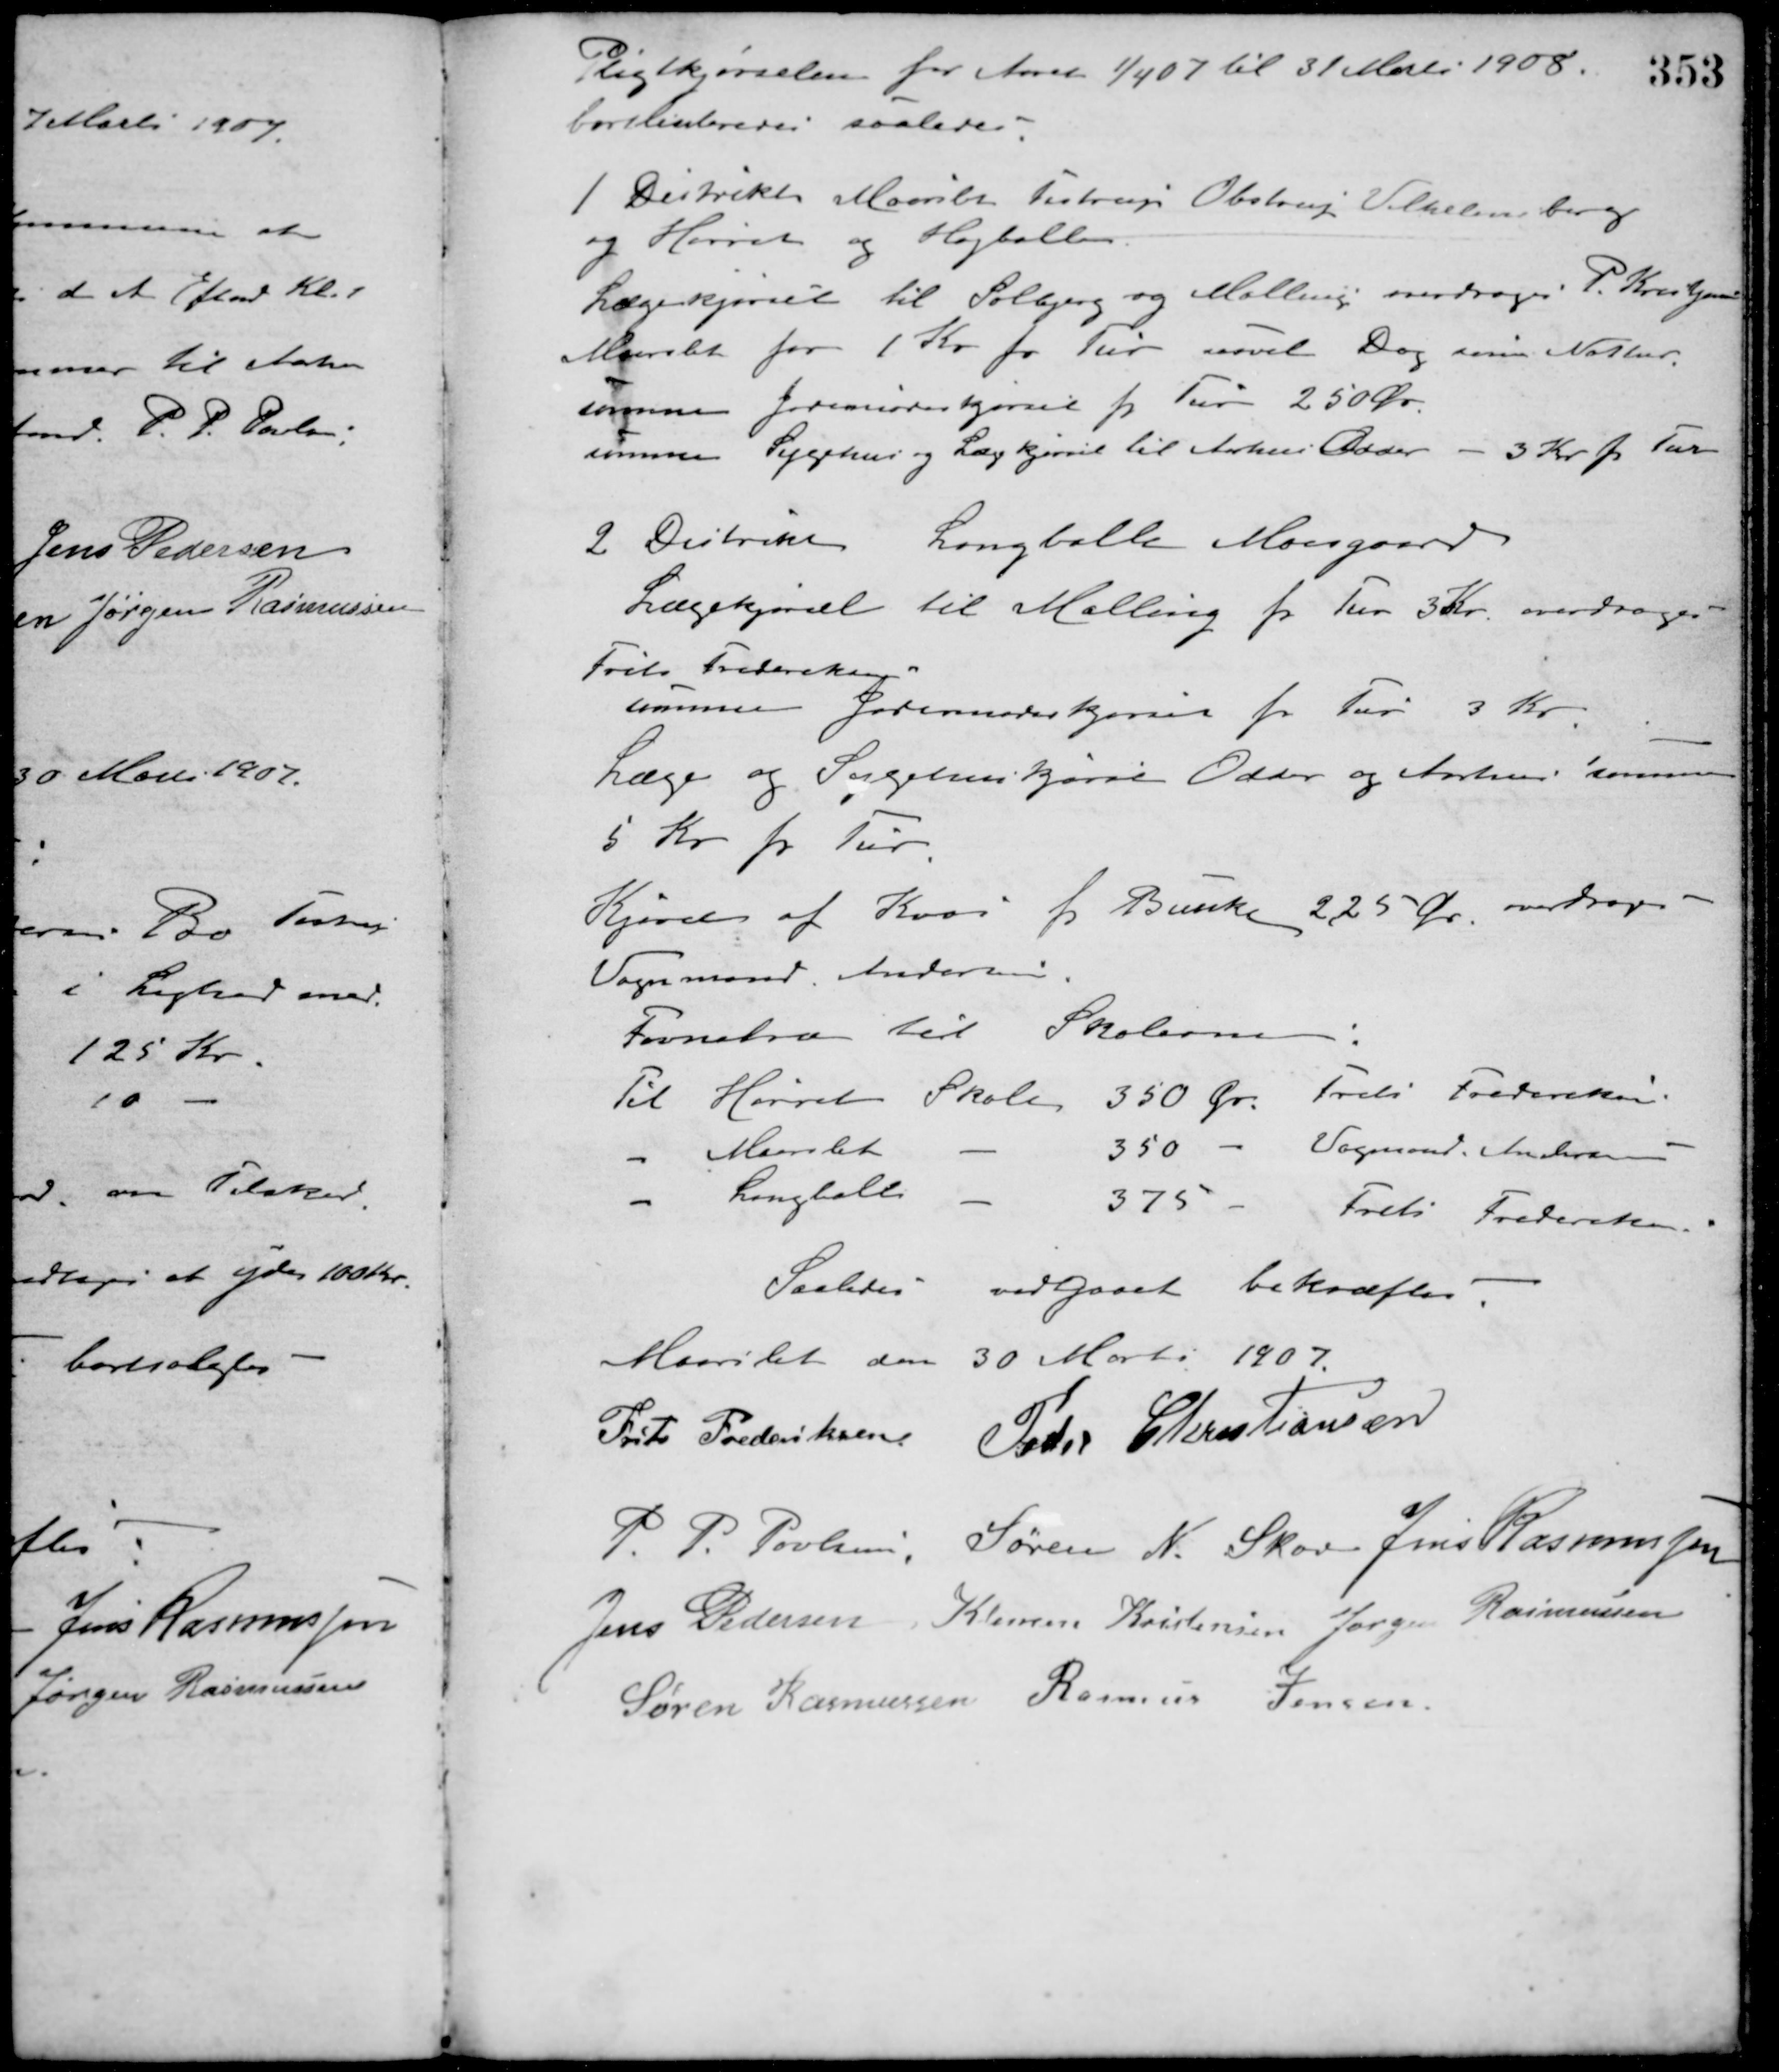
Transskription:
Pligtkjørselen for Aaret 1/4 07 til 31 Marts 1908
bortliciteres saaledes.
1 Distrikt Maarslet Testrup Obstrup Vilhelmsborg
og Hørret og Højballe.
Lægekjørsel til Solbjerg og Malling overdroges P. Kærsgaard
Maarslet for 1 Kr. pr. tur saavel Dag som Nattur.
samme Jordemoderkjørsel pr. Tur 250 Øre.
samme Sygehus og Lægekjørsel til Aarhus Odder - 3 Kr. pr. Tur
2 Distrikt Langballe Moesgaard
Lægekjørsel til Malling pr. Tur 3 Kr. overdroges
Frits Frederiksen.
samme Jordemoderkjørsen pr. Tur 3 Kr.
Læge og Sygehuskjørsel Odder og Aarhus samme
5 Kr. pr. Tur.
Kjørsel af Kvas pr. Bunke 225 Øre overdroges
Vognmand Andersen.
Favnetræ til Skolerne:
Til Hørret Skole 350 Øre Frits Frederiksen.
- Maarslet - 350 - Vognmand Andersen
- Langballe - 375 - Frits Frederiksen.
Saaledes vedgaaet bekræftes.
Maarslet den 30 Marts 1907.
Frits Frederiksen Peder Christiansen
P. P. Poulsen Søren N. Skov Jens Rasmussen
Jens Pedersen Klemen Kristensen Jørgen Rasmussen
Søren Rasmussen Rasmus Jensen